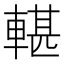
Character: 𨍜